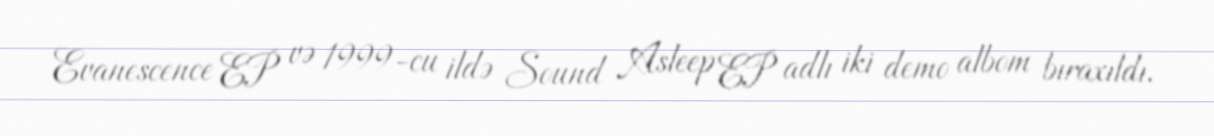
Evanescence EP və 1999-cu ildə Sound Asleep EP adlı iki demo albom bıraxıldı.